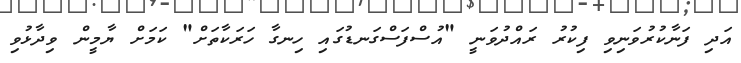
އަދި ފަނާކުރުވަނިވި ފިކުރު ރައްދުވަނީ "އުސްފަސްގަނޑުގައި ހިނގާ ހަރަކާތަށް" ކަމަށް ޔާމީން ވިދާޅުވި